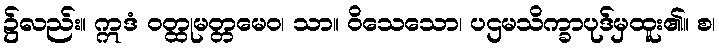
၌လည်း။ ဣဒံ ဝတ္ထုမတ္တမေဝ၊ သာ။ ဝိသေသော၊ ပဌမသိက္ခာပုဒ်မှထူး၏။ စ၊